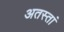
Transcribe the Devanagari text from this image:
अतस्तां